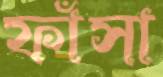
ফাঁসা